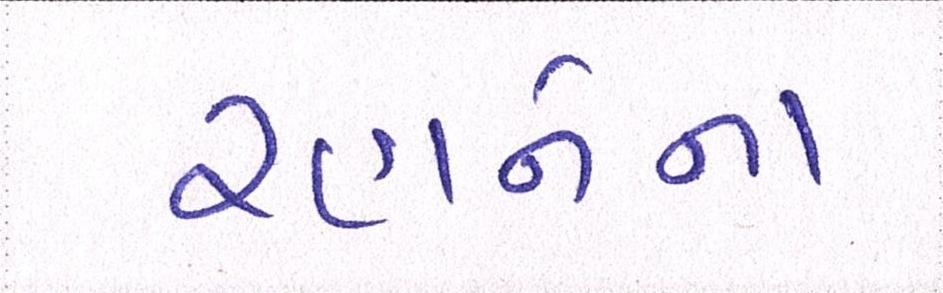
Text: રહાનેના